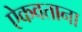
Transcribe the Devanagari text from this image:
ऐकवताना